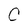
Character: C